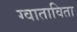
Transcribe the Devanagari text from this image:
ग्वाताविता